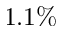
1 . 1 \%